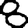
Digit: 8